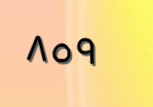
٨٥٩